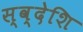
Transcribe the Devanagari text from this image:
स्व्देशि